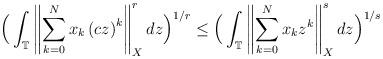
LaTeX: \begin{align*}\Big( \int_{\mathbb T} \left\| \sum_{k=0}^N x_k \left(cz \right)^k \right\|^r_X dz \Big)^{1/r} \le \Big( \int_{\mathbb T} \left\| \sum_{k=0}^N x_k z ^k \right\|^s_X dz \Big)^{1/s}\end{align*}